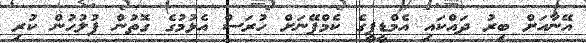
އޭނާއަށް ބިރު ދައްކައި އެމްޑީޕީގެ ކެމްޕޭނަށް ހުރަސް އެޅުމުގެ ގޮތުން ފުލުހުން ކުރި